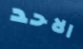
الاحد